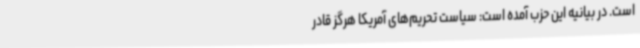
است. در بیانیه این حزب‌ آمده است: سیاست تحریم‌های آمریکا هرگز قادر